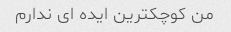
من کوچکترین ایده ای ندارم